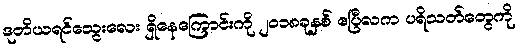
ဒုတိယရင်သွေးလေး ရှိနေကြောင်းကို ၂၀၁၈ခုနှစ် ဧပြီလက ပရိသတ်တွေကို